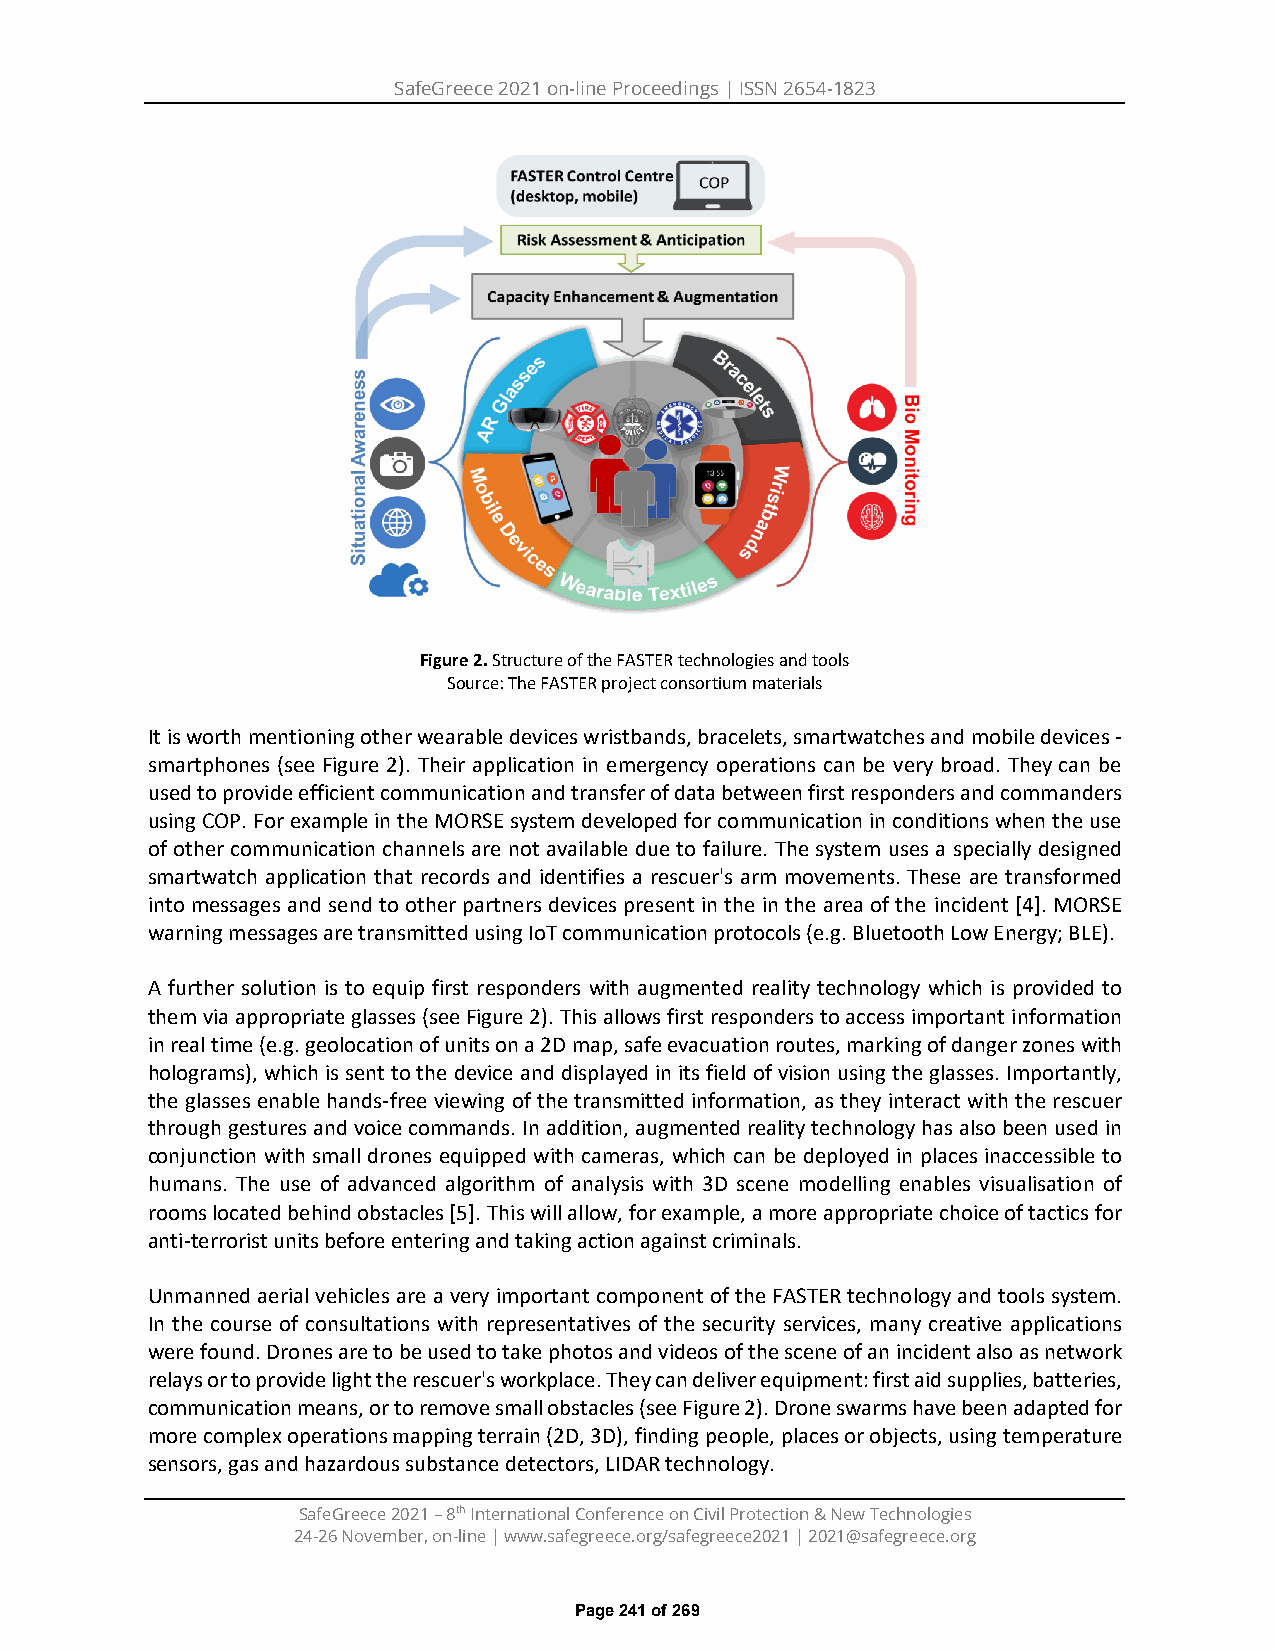
SafeGreece 2021 on-line Proceedings | ISSN 2654-1823
 Figure 2. Structure of the FASTER technologies and tools
 Source: The FASTER project consortium materials
 It is worth mentioning other wearable devices wristbands, bracelets, smartwatches and mobile devices -
 smartphones (see Figure 2). Their application in emergency operations can be very broad. They can be
 used to provide efficient communication and transfer of data between first responders and commanders
 using COP. For example in the MORSE system developed for communication in conditions when the use
 of other communication channels are not available due to failure. The system uses a specially designed
 smartwatch application that records and identifies a rescuer's arm movements. These are transformed
 into messages and send to other partners devices present in the in the area of the incident [4]. MORSE
 warning messages are transmitted using IoT communication protocols (e.g. Bluetooth Low Energy; BLE).
 A further solution is to equip first responders with augmented reality technology which is provided to
 them via appropriate glasses (see Figure 2). This allows first responders to access important information
 in real time (e.g. geolocation of units on a 2D map, safe evacuation routes, marking of danger zones with
 holograms), which is sent to the device and displayed in its field of vision using the glasses. Importantly,
 the glasses enable hands-free viewing of the transmitted information, as they interact with the rescuer
 through gestures and voice commands. In addition, augmented reality technology has also been used in
 conjunction with small drones equipped with cameras, which can be deployed in places inaccessible to
 humans. The use of advanced algorithm of analysis with 3D scene modelling enables visualisation of
 rooms located behind obstacles [5]. This will allow, for example, a more appropriate choice of tactics for
 anti-terrorist units before entering and taking action against criminals.
 Unmanned aerial vehicles are a very important component of the FASTER technology and tools system.
 In the course of consultations with representatives of the security services, many creative applications
 were found. Drones are to be used to take photos and videos of the scene of an incident also as network
 relays or to provide light the rescuer's workplace. They can deliver equipment: first aid supplies, batteries,
 communication means, or to remove small obstacles (see Figure 2). Drone swarms have been adapted for
 more complex operations mapping terrain (2D, 3D), finding people, places or objects, using temperature
 sensors, gas and hazardous substance detectors, LIDAR technology.
 SafeGreece 2021 – 8th International Conference on Civil Protection & New Technologies
 24-26 November, on-line | www.safegreece.org/safegreece2021 | 2021@safegreece.org
 Page 241 of 269